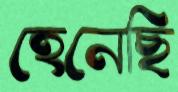
হেনেছি